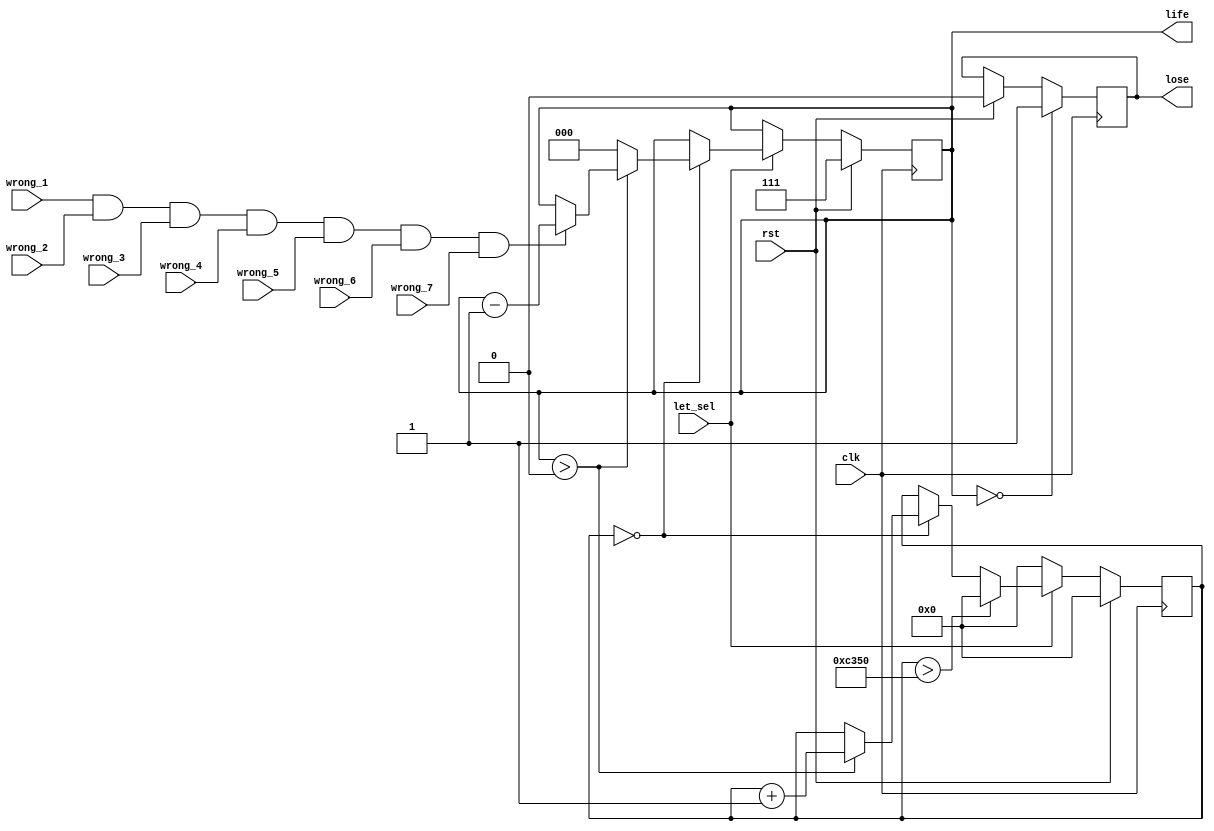
`timescale 1ns / 1ps
//////////////////////////////////////////////////////////////////////////////////
// Company: 
// Engineer: 
// 
// Design Name: 
// Module Name:    life_counter 
// Project Name: 
// Target Devices: 
// Tool versions: 
// Description: 
//
// Dependencies: 
//
// Revision: 
// Revision 0.01 - File Created
// Additional Comments: 
//
//////////////////////////////////////////////////////////////////////////////////
module life_counter(	input rst,
							input let_sel,
							input clk,
							input wrong_1,
							input wrong_2,
							input wrong_3,
							input wrong_4,
							input wrong_5,
							input wrong_6,
							input wrong_7,
							output reg[2:0] life,
							output reg lose
    );
	localparam timeout = 50000;
	reg[31:0] counter;
	
	always @(posedge clk) begin
		if(rst) begin
			life <= 3'b111;
			counter <= 0;
			lose <= 0;
		end

		else if (let_sel == 1) begin
			if(counter == 0) begin
				if(life > 0) begin
					if(wrong_1 == 1 && wrong_2 == 1 && wrong_3 == 1 && wrong_4 == 1 && wrong_5 == 1 && wrong_6 == 1 && wrong_7 == 1)
						life <= life - 1;
						counter <= counter + 1;
				end
				else
					life <= 0;
			end
	
			if(counter > timeout)
				counter <= 0;
		end
		
		else if(let_sel == 0)
			counter <= 0;
			
		if(life == 0)
			lose <= 1;
	end

endmodule